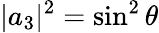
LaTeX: |a_{3}|^{2}=\sin^{2}\theta